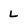
Character: L